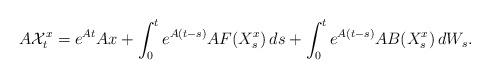
LaTeX: \begin{align*}A\mathcal{X}^x_t=e^{At}Ax+\int^t_0e^{A(t-s)}A F(X^x_s) \, ds+\int^t_0e^{A(t-s)}A B(X^x_s) \, dW_s.\end{align*}